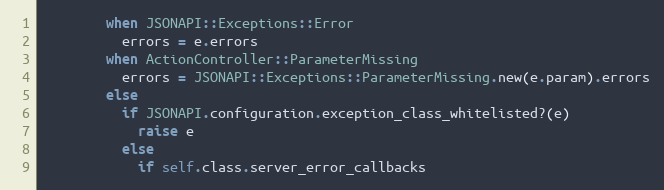
Language: Ruby
        when JSONAPI::Exceptions::Error
          errors = e.errors
        when ActionController::ParameterMissing
          errors = JSONAPI::Exceptions::ParameterMissing.new(e.param).errors
        else
          if JSONAPI.configuration.exception_class_whitelisted?(e)
            raise e
          else
            if self.class.server_error_callbacks